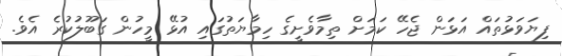
ފިޔަވަޅުތައް އަޅަން ޖެހޭ ކަމަށް ތިމާވެށީގެ ހިމާޔަތުގައި އުޅޭ މީހުން ގަބޫލުކުރެ އެވެ.